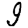
Digit: 9